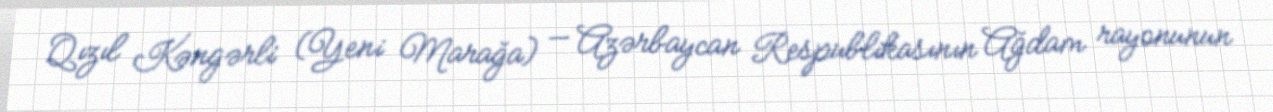
Qızıl Kəngərli (Yeni Marağa) — Azərbaycan Respublikasının Ağdam rayonunun